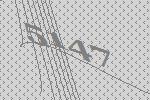
5147